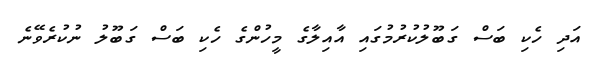
އަދި ހެކި ބަސް ގަބޫލުކުރުމުގައި އާއިލާގެ މީހުންގެ ހެކި ބަސް ގަބޫލުު ނުކުރެވޭނެ